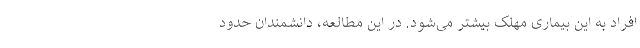
افراد به این بیماری مهلک بیشتر می‌شود. در این مطالعه، دانشمندان حدود